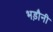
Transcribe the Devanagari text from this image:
भड़ौनी